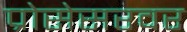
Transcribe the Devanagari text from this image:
प्रोसेसरवर